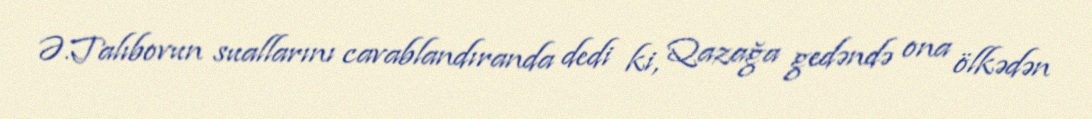
Ə.Talıbovun suallarını cavablandıranda dedi ki, Qazağa gedəndə ona ölkədən